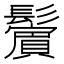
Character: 𩯭